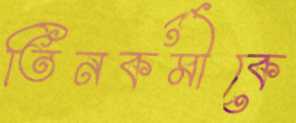
তিনকর্মীকে